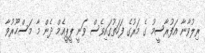
ރިލުވާނާ އަފުރާސީމު ގެ މަރުގެ ފަހަތުގައިވެސް ވަނީ ޕީޕީއެމް ދެން މާ މަސްޙޫރުވާ